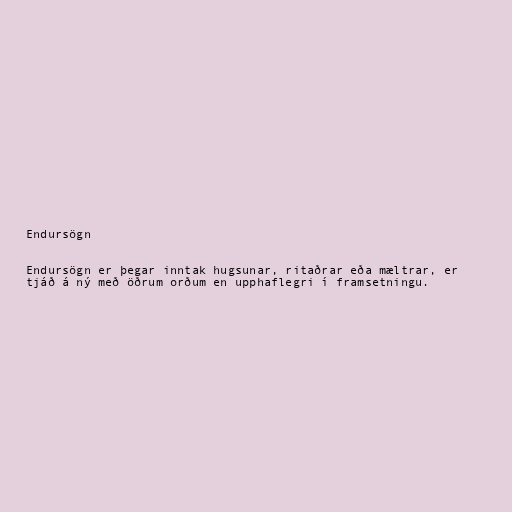
Endursögn

Endursögn er þegar inntak hugsunar, ritaðrar eða mæltrar, er
tjáð á ný með öðrum orðum en upphaflegri í framsetningu.